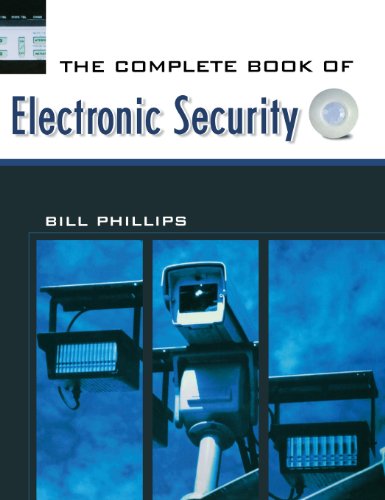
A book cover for The Complete Book of Electronic Security; Bill Phillips; Computers & Technology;